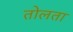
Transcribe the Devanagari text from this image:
तोलता